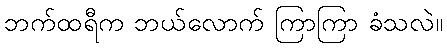
ဘက်ထရီက ဘယ်လောက် ကြာကြာ ခံသလဲ။